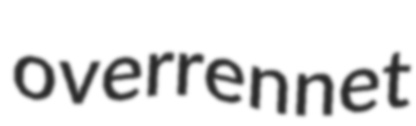
overrennet